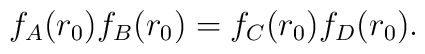
f_A(r_0) f_B(r_0) = f_C(r_0) f_D(r_0).